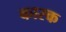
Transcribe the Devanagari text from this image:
कास्क